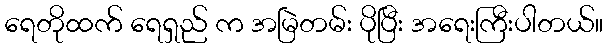
ရေတိုထက် ရေရှည် က အမြဲတမ်း ပိုပြီး အရေးကြီးပါတယ်။